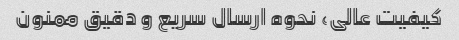
کیفیت عالی، نحوه ارسال سریع و دقیق ممنون